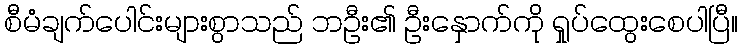
စီမံချက်ပေါင်းများစွာသည် ဘဦး၏ ဦးနှောက်ကို ရှုပ်ထွေးစေပါပြီ။